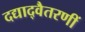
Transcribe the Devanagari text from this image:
दद्याद्वैतरणीं